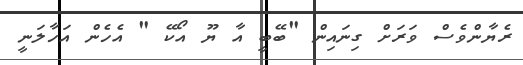
ރެޔާންވެސް ވަރަށް ގިނައިން "ބޭބީ އާ ޔޫ އޯކޭ " އެހެން އަހާލަނީ